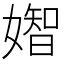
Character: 𡡧